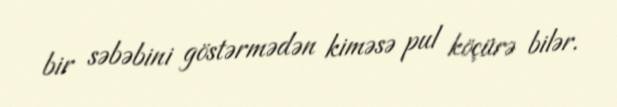
bir səbəbini göstərmədən kiməsə pul köçürə bilər.